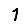
Digit: 1